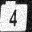
Digit: 4